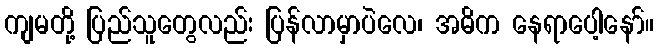
ကျမတို့ ပြည်သူတွေလည်း ပြန်လာမှာပဲလေ၊ အဓိက နေရာပေါ့နော်။